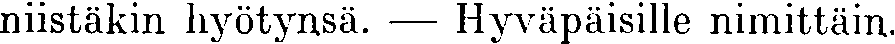
niistäkin hyötynsä. — Hyväpäisille nimittäin.